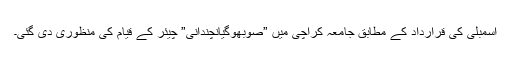
اسمبلی کی قرارداد کے مطابق جامعہ کراچی میں ”صوبھوگیانچندانی” چیئر کے قیام کی منظوری دی گئی۔